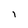
Character: I